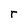
Character: r